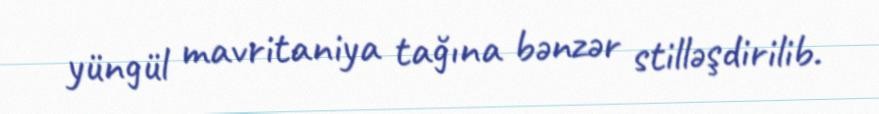
yüngül mavritaniya tağına bənzər stilləşdirilib.